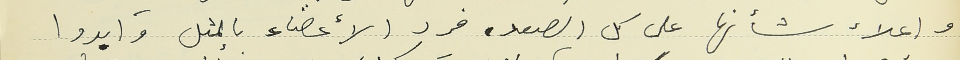
واعلاء شأنها على كل الصعد، فرد الأعضاء بالمثل وابدوا